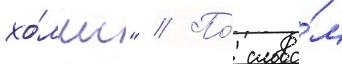
хо́лмс" // По́ слова́м